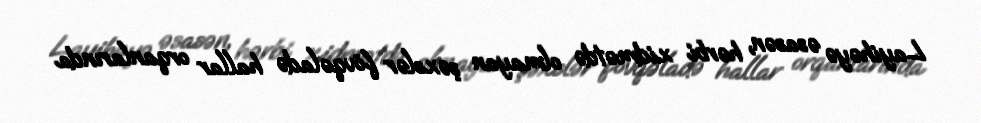
Layihəyə əsasən, hərbi xidmətdə olmayan şəxslər fövqəladə hallar orqanlarında